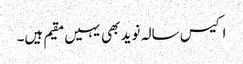
اکیس سالہ نوید بھی یہیں مقیم ہیں۔